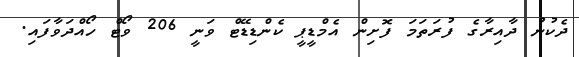
ދެކުނު ދާއިރާގެ ފުރަތަމަ ފޮށިން އެމްޑީޕީ ކެންޑިޑޭޓް ވަނީ 206 ވޯޓް ހޯއްދަވާފައި.